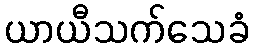
ယာယီသက်သေခံ